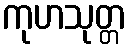
ကုဟသုတ္တ